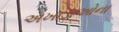
અખાડાઓના